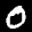
Label: 0